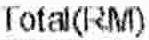
TOTAL(RM)